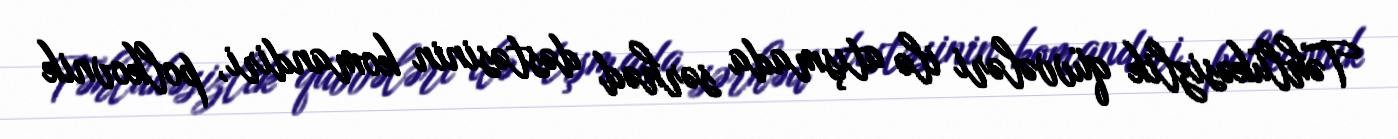
Təhlükəsizlik qüvvələri ilə atışmada sərhəd dəstəsinin komandiri, polkovnik